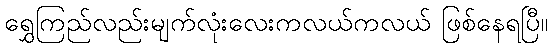
ရွှေကြည်လည်းမျက်လုံးလေးကလယ်ကလယ် ဖြစ်နေရပြီ။